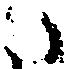
々